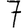
Digit: 7